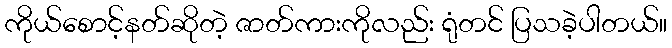
ကိုယ်စောင့်နတ်ဆိုတဲ့ ဇာတ်ကားကိုလည်း ရုံတင် ပြသခဲ့ပါတယ်။